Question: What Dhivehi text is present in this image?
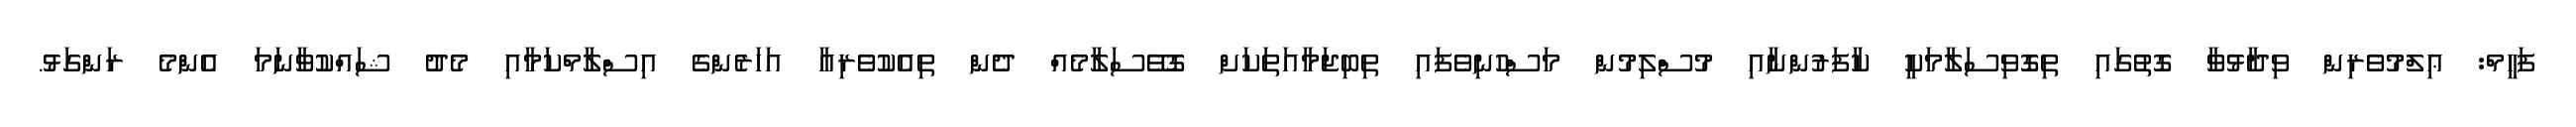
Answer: ފަހީމް: ޢިލްމުވެރިން ވިދާޅުވާ ގޮތުގައި ތިގޮވިސަލާމަކީ ކާފަރުންނާއި މުސްލިމުން މަސްހުނިވެފައި ތިބިޖަމާއަތަކަށް ގޮވޭސަލާމެއް ދެން ތިއެކުވެރިއާ އަހަރެންގެ އިސްލާމްކަމާއި މެދު ޝައްކުވާނަމަ އެންމެ ރަންގަޅު.